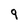
Character: 9